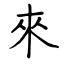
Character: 來